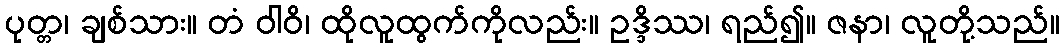
ပုတ္တ၊ ချစ်သား။ တံ ဝါဝိ၊ ထိုလူထွက်ကိုလည်း။ ဥဒ္ဒိဿ၊ ရည်၍။ ဇနာ၊ လူတို့သည်။